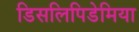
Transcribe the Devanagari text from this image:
डिसलिपिडेमिया